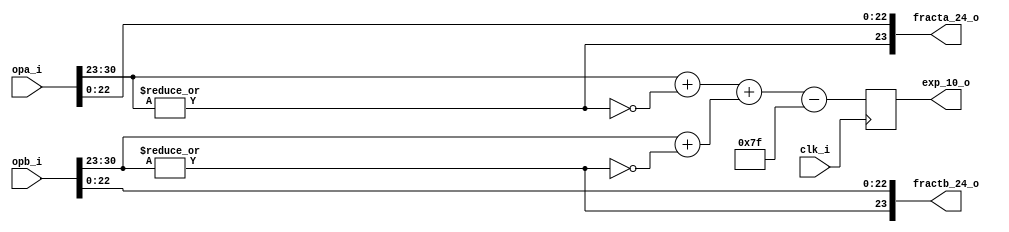
module or1200_fpu_pre_norm_mul (
		     clk_i,
		     opa_i,
		     opb_i,
		     exp_10_o,
		     fracta_24_o,
		     fractb_24_o
		     );

   parameter FP_WIDTH = 32;
   parameter MUL_SERIAL = 0; // 0 for parallel multiplier, 1 for serial
   parameter MUL_COUNT = 11; //11 for parallel multiplier, 34 for serial
   parameter FRAC_WIDTH = 23;
   parameter EXP_WIDTH = 8;
   parameter ZERO_VECTOR = 31'd0;
   parameter INF = 31'b1111111100000000000000000000000;
   parameter QNAN = 31'b1111111110000000000000000000000;
   parameter SNAN = 31'b1111111100000000000000000000001;


   input clk_i;
   input [FP_WIDTH-1:0] opa_i;
   input [FP_WIDTH-1:0] opb_i;
   output reg [EXP_WIDTH+1:0] exp_10_o;
   output [FRAC_WIDTH:0] fracta_24_o;
   output [FRAC_WIDTH:0] fractb_24_o; 

   
   wire [EXP_WIDTH-1:0]      s_expa;
   wire [EXP_WIDTH-1:0]      s_expb;
   
   wire [FRAC_WIDTH-1:0]     s_fracta;
   wire [FRAC_WIDTH-1:0]     s_fractb;

   wire [EXP_WIDTH+1:0]      s_exp_10_o;
   wire [EXP_WIDTH+1:0]      s_expa_in;
   wire [EXP_WIDTH+1:0]      s_expb_in;
   
   wire 		     s_opa_dn, s_opb_dn;

   assign s_expa = opa_i[30:23];
   assign s_expb = opb_i[30:23];
   assign s_fracta = opa_i[22:0];
   assign s_fractb = opb_i[22:0];
   
   // Output Register
   always @(posedge clk_i)
     exp_10_o <= s_exp_10_o;
   
   // opa or opb is denormalized
   assign s_opa_dn = !(|s_expa);
   assign s_opb_dn = !(|s_expb);
   
   assign fracta_24_o = {!s_opa_dn, s_fracta};
   assign fractb_24_o = {!s_opb_dn, s_fractb};
   
   assign s_expa_in = {2'd0, s_expa} + {9'd0, s_opa_dn};
   assign s_expb_in = {2'd0, s_expb} + {9'd0, s_opb_dn};
   
   assign s_exp_10_o = s_expa_in + s_expb_in - 10'b0001111111;		

endmodule